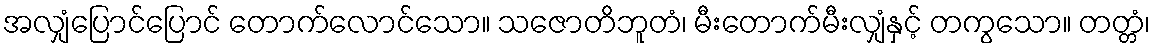
အလျှံပြောင်ပြောင် တောက်လောင်သော။ သဇောတိဘူတံ၊ မီးတောက်မီးလျှံနှင့် တကွသော။ တတ္တံ၊